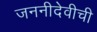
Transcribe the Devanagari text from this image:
जननीदेवीची